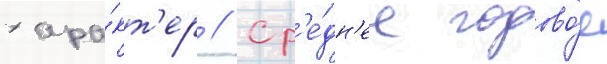
хара́кт'ер // Ср'е́дн'ее годово́е